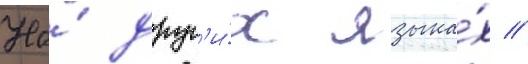
На́ друг'и́х языка́х //